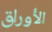
الأوراق